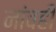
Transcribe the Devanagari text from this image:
नांवही